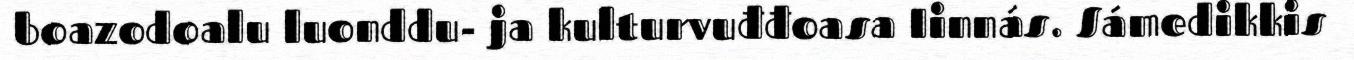
boazodoalu luonddu- ja kulturvuđđoasa Iinnás. Sámedikkis